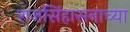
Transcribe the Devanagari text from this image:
राजसिंहासनाच्या